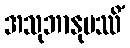
အသုဘာနုပဿိံ